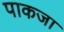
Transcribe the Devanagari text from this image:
पाकजा